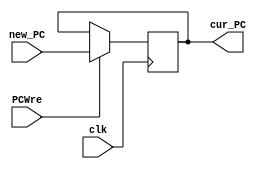
`timescale 1ns / 1ps
//////////////////////////////////////////////////////////////////////////////////
// Company: 
// Engineer: 
// 
// Design Name: 
// Module Name: PC
// Project Name: 
// Target Devices: 
// Tool Versions: 
// Description: 
// 
// Dependencies: 
// 
// Revision:
// Revision 0.01 - File Created
// Additional Comments:
// 
//////////////////////////////////////////////////////////////////////////////////


module PC(
    input clk, 
    input PCWre,//0  1 
    input [31:0]new_PC,
    output  reg[31:0]cur_PC
 );
  always @(posedge clk)begin//
      if(PCWre==1'b1)
         cur_PC<=new_PC;
  end
endmodule